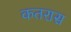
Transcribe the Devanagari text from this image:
कतरास